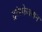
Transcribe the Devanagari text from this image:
ट्रांस्फेक्शन